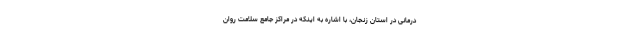
درمانی در استان زنجان، با اشاره به اینکه در مراکز جامع سلامت روان